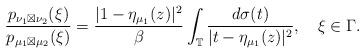
LaTeX: \begin{align*}\frac{p_{\nu_{1}\boxtimes\nu_{2}}(\xi)}{p_{\mu_{1}\boxtimes\mu_{2}}(\xi)}=\frac{|1-\eta_{\mu_{1}}(z)|^{2}}{\beta}\int_{\mathbb{T}}\frac{d\sigma(t)}{|t-\eta_{\mu_{1}}(z)|^{2}},\quad\xi\in\Gamma.\end{align*}